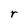
Character: r